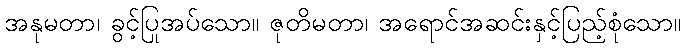
အနုမတာ၊ ခွင့်ပြုအပ်သော။ ဇုတိမတာ၊ အရောင်အဆင်းနှင့်ပြည့်စုံသော။